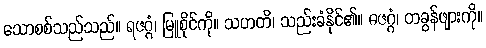
သောစစ်သည်သည်။ ရဇဂ္ဂံ၊ မြူစိုင်ကို။ သဟတိ၊ သည်းခံနိုင်၏။ ဓဇဂ္ဂံ၊ တခွန်ဖျားကို။